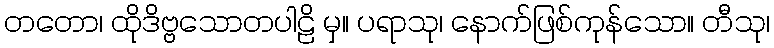
တတော၊ ထိုဒိဗ္ဗသောတပါဠိ မှ။ ပရာသု၊ နောက်ဖြစ်ကုန်သော။ တီသု၊